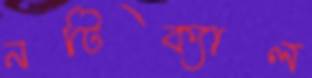
নটিক্যাল